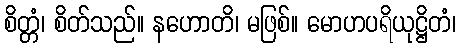
စိတ္တံ၊ စိတ်သည်။ နဟောတိ၊ မဖြစ်။ မောဟပရိယုဋ္ဌိတံ၊